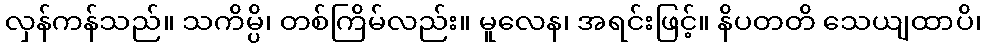
လှန်ကန်သည်။ သကိမ္ပိ၊ တစ်ကြိမ်လည်း။ မူလေန၊ အရင်းဖြင့်။ နိပတတိ သေယျထာပိ၊